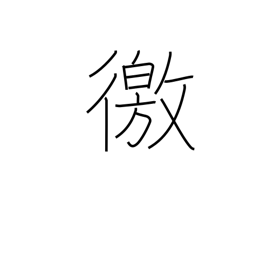
Meaning: enquire